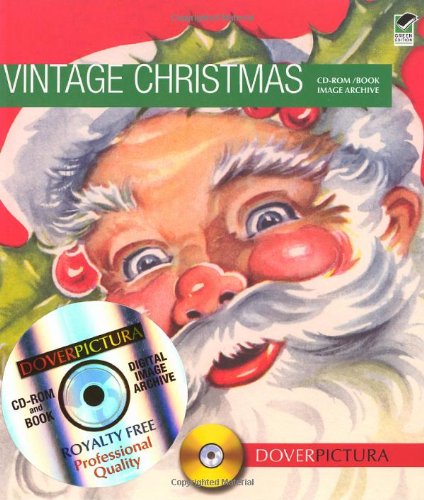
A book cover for Vintage Christmas (Dover Pictura Electronic Clip Art); Alan Weller; Crafts, Hobbies & Home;